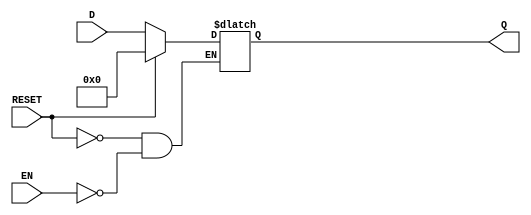
module LatchRegister #(
    parameter WIDTH = 8 // Define the width of the register (number of bits)
) (
    input wire [WIDTH-1:0] D,    // Data input
    input wire EN,                // Enable signal
    input wire RESET,             // Asynchronous reset signal
    output reg [WIDTH-1:0] Q      // Data output
);

// Always block for latch behavior
always @(*) begin
    if (RESET) begin
        Q <= {WIDTH{1'b0}}; // Reset the register to zero
    end else if (EN) begin
        Q <= D; // Latch the input data when enable is active
    end
    // If EN is low, Q retains its previous value (latch behavior)
end

endmodule